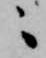
ニ